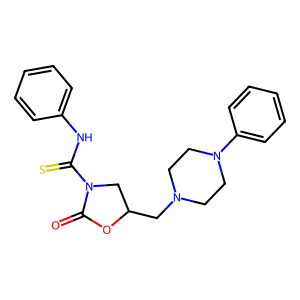
SMILES: O=C1OC(CN2CCN(c3ccccc3)CC2)CN1C(=S)Nc1ccccc1
Inhibits HIV replication: No